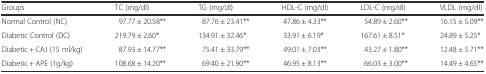
| Groups | TC (mg/dl) | TG (mg/dl) | HDL-C (mg/dl) | LDL-C (mg/dl) | VLDL (mg/dl) |
 | --- | --- | --- | --- | --- | --- |
 | Normal Control (NC) | 97.77 ± 20.58** | 87.76 ± 23.41** | 47.86 ± 4.33** | 54.89 ± 2.60** | 16.15 ± 5.09** |
 | Diabetic Control (DC) | 219.79 ± 2.60* | 134.91 ± 32.46* | 33.91 ± 6.19* | 167.61 ± 8.51* | 24.89 ± 5.25* |
 | Diabetic + CAJ (15 ml/kg) | 87.93 ± 14.77** | 75.41 ± 33.79** | 49.01 ± 7.03** | 43.27 ± 1.80** | 12.48 ± 5.71** |
 | Diabetic + APE (1g/kg) | 108.68 ± 14.20** | 69.40 ± 21.90** | 46.95 ± 8.13** | 66.03 ± 3.00** | 14.49 ± 4.65** |